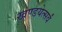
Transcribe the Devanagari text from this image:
खण्डयेत्सर्वं